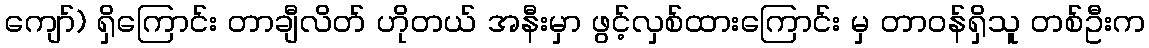
ကျော်) ရှိကြောင်း တာချီလိတ် ဟိုတယ် အနီးမှာ ဖွင့်လှစ်ထားကြောင်း မှ တာဝန်ရှိသူ တစ်ဦးက